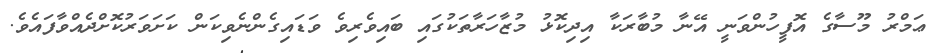
ޢަމްރު މޫސާގެ އޮފީހުންވަނީ އޭނާ މުބާރަކާ އިދިކޮޅު މުޒާހަރާތަކުގައި ބައިވެރިވެ ވަޑައިގެންނެވިކަން ކަށަވަރުކޮށްދެއްވާފައެވެ.